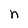
Character: n